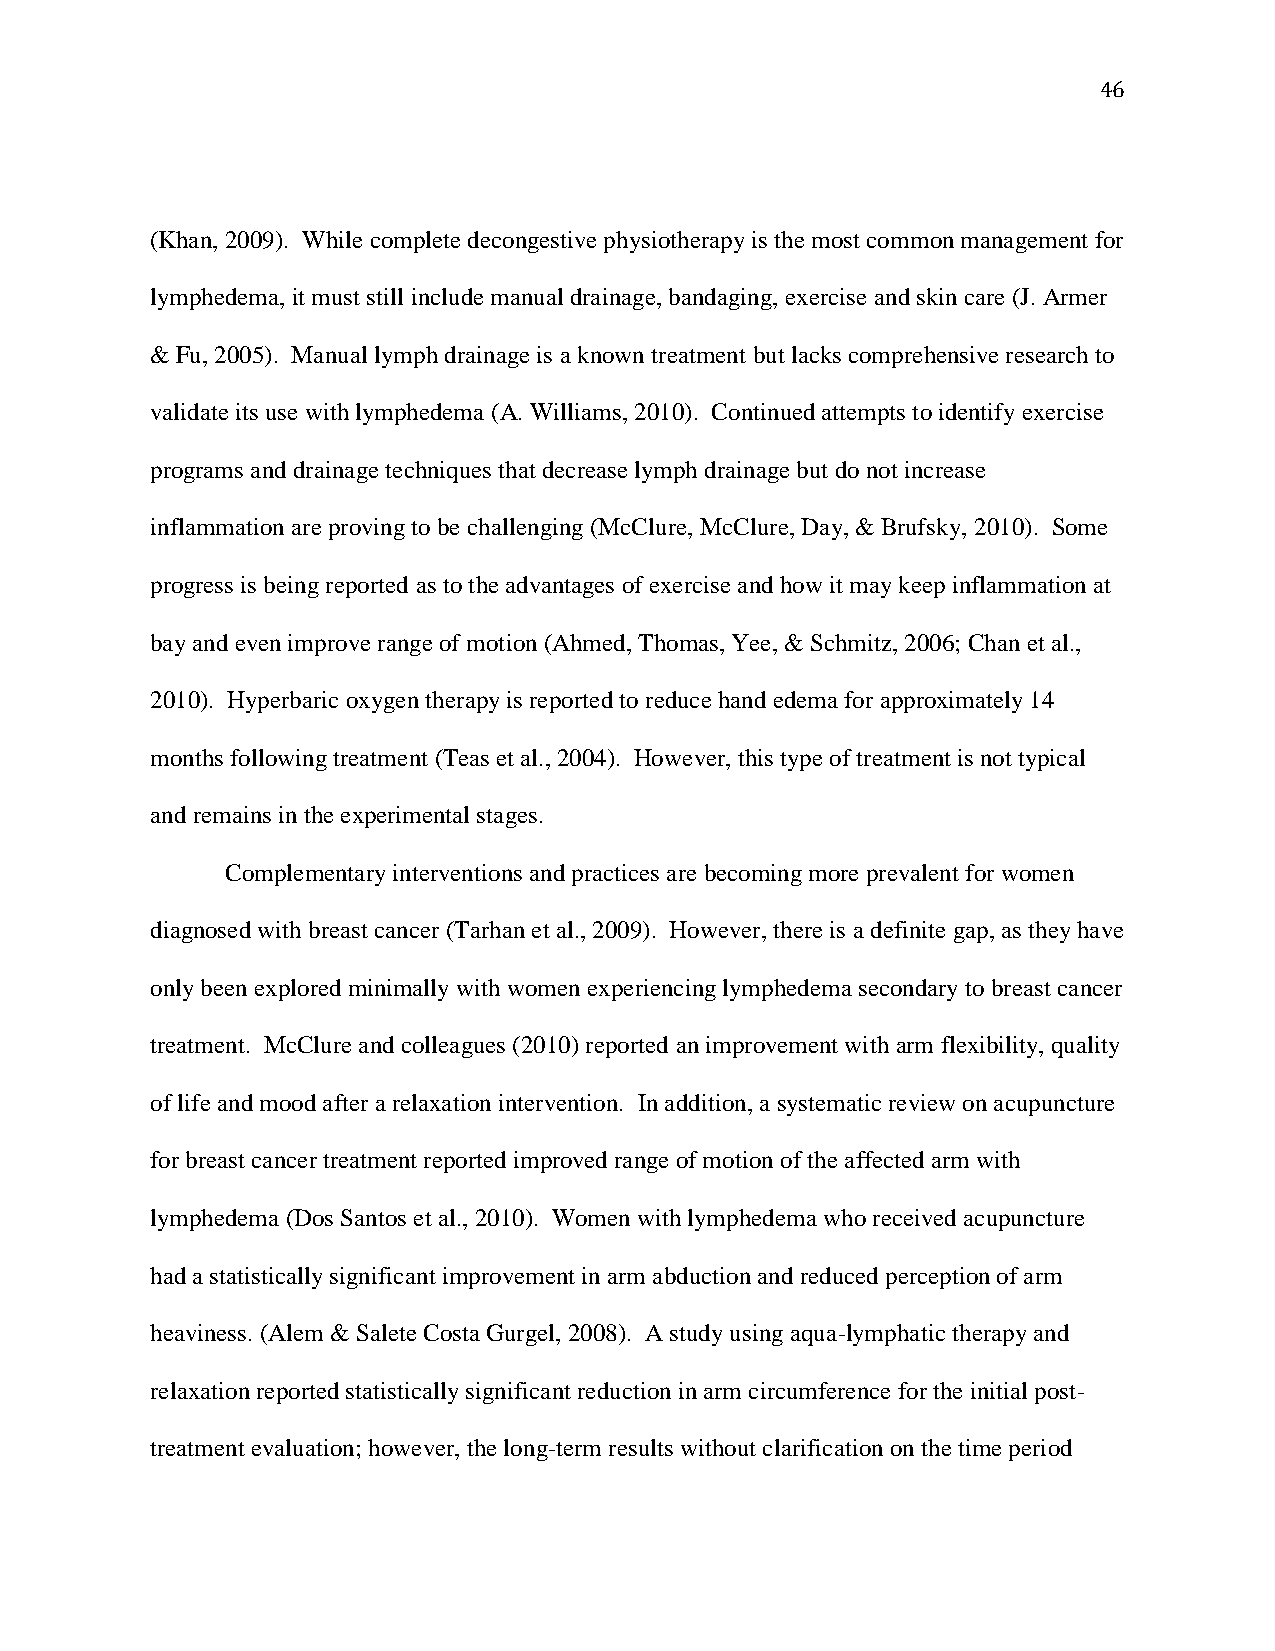
46
 (Khan, 2009). While complete decongestive physiotherapy is the most common management for
 lymphedema, it must still include manual drainage, bandaging, exercise and skin care (J. Armer
 & Fu, 2005). Manual lymph drainage is a known treatment but lacks comprehensive research to
 validate its use with lymphedema (A. Williams, 2010). Continued attempts to identify exercise
 programs and drainage techniques that decrease lymph drainage but do not increase
 inflammation are proving to be challenging (McClure, McClure, Day, & Brufsky, 2010). Some
 progress is being reported as to the advantages of exercise and how it may keep inflammation at
 bay and even improve range of motion (Ahmed, Thomas, Yee, & Schmitz, 2006; Chan et al.,
 2010). Hyperbaric oxygen therapy is reported to reduce hand edema for approximately 14
 months following treatment (Teas et al., 2004). However, this type of treatment is not typical
 and remains in the experimental stages.
 Complementary interventions and practices are becoming more prevalent for women
 diagnosed with breast cancer (Tarhan et al., 2009). However, there is a definite gap, as they have
 only been explored minimally with women experiencing lymphedema secondary to breast cancer
 treatment. McClure and colleagues (2010) reported an improvement with arm flexibility, quality
 of life and mood after a relaxation intervention. In addition, a systematic review on acupuncture
 for breast cancer treatment reported improved range of motion of the affected arm with
 lymphedema (Dos Santos et al., 2010). Women with lymphedema who received acupuncture
 had a statistically significant improvement in arm abduction and reduced perception of arm
 heaviness. (Alem & Salete Costa Gurgel, 2008). A study using aqua-lymphatic therapy and
 relaxation reported statistically significant reduction in arm circumference for the initial post-
 treatment evaluation; however, the long-term results without clarification on the time period